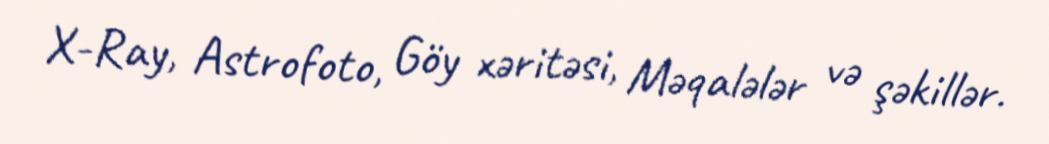
X-Ray, Astrofoto, Göy xəritəsi, Məqalələr və şəkillər.